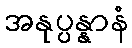
အနုပ္ပန္နာနံ